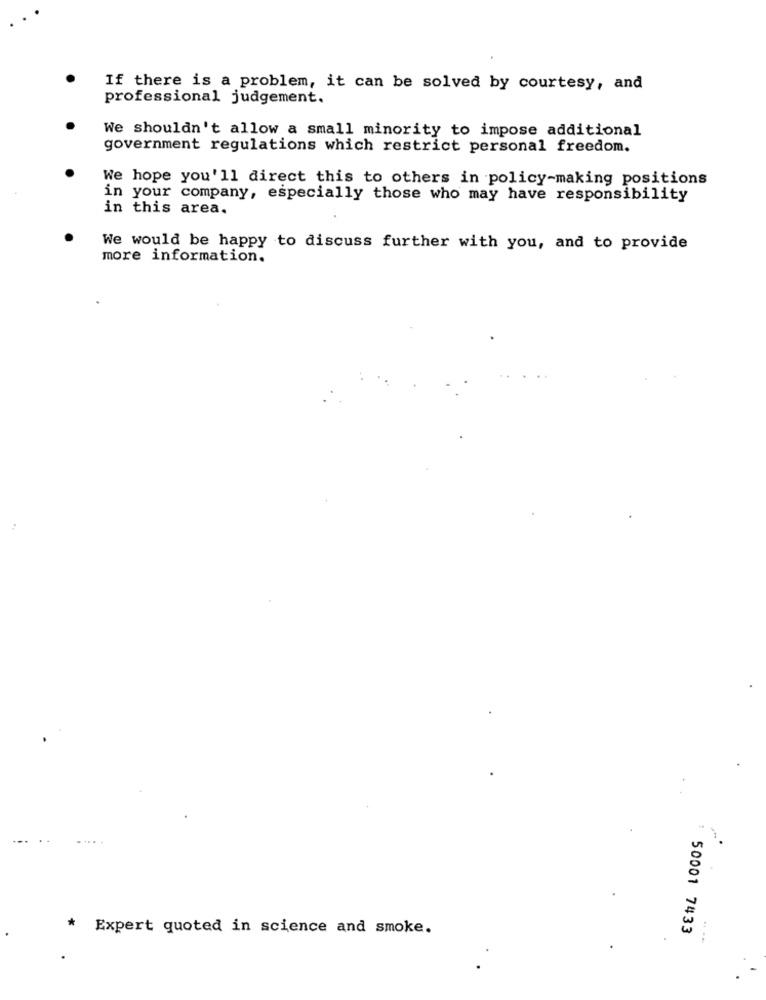
If there is a problem, it can be solved by courtesy, and
professional judgement.
We shouldn't allow a small minority to impose additional
government regulations which restrict personal freedom.
We hope you'll direct this to others in policy-making positions
in your company, especially those who may have responsibility
in this area.
We would be happy to discuss further with you, and to provide
more information.
* Expert quoted in science and smoke.
50001 7433